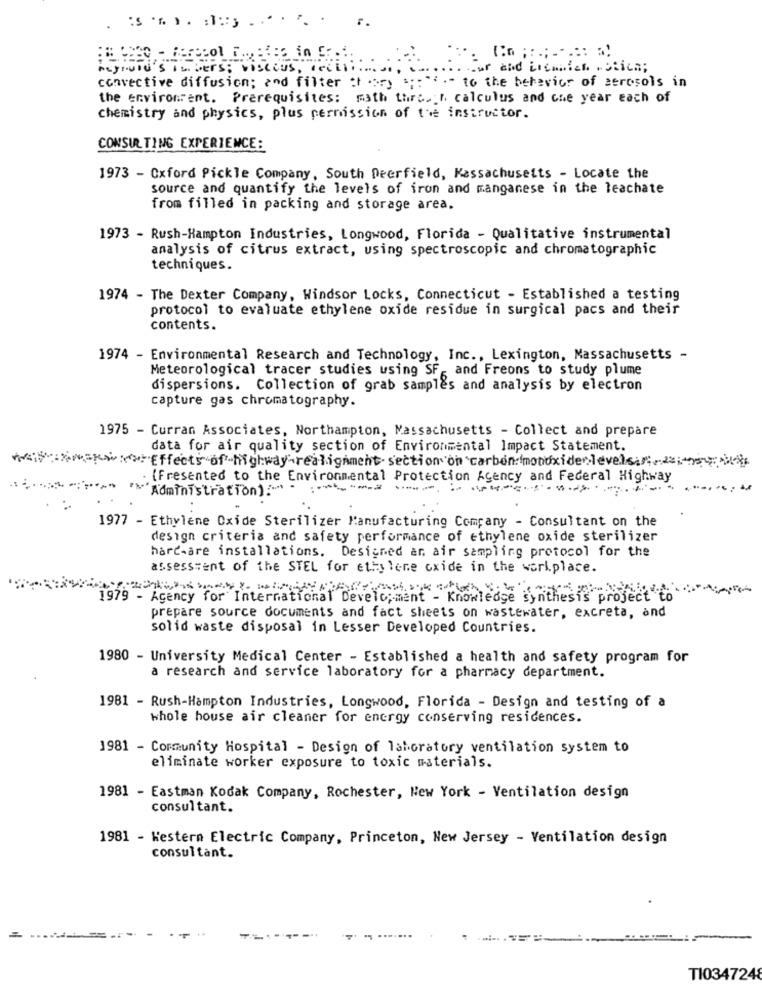
Regiund's invers; Viscous, dell
ur and inennich . Stich;
convective diffusion; and filter atory ;: "" .- to the behavior of aerosols in
the enviroment. Prerequisites: math thrc. r. calculus and che year each of
chemistry and physics, plus permission of the instructor.
CONSULTING EXPERIENCE:
1973 - Oxford Pickle Company, South Deerfield, Kassachuseits - Locate the
source and quantify the levels of iron and manganese in the leachate
from filled in packing and storage area.
1973 - Rush-Hampton Industries, Longwood, Florida - Qualitative instrumental
analysis of citrus extract, using spectroscopic and chromatographic
techniques.
1974 - The Dexter Company, Windsor Locks, Connecticut - Established a testing
protocol to evaluate ethylene oxide residue in surgical pacs and their
contents.
1974 - Environmental Research and Technology, Inc ., Lexington, Massachusetts -
Meteorological tracer studies using SF- and Freons to study plume
dispersions. Collection of grab samples and analysis by electron
capture gas chromatography.
1975 - Curran Associates, Northampton, Massachusetts - Collect and prepare
data for air quality section of Environmental Impact Statement.
*** w=><> Effects of highway-realignment section on carbon monoxidelevel
(Presented to the Environmental Protection Agency and Federal Highway
"Administration):"
1977 - Ethylene Oxide Sterilizer Manufacturing Company - Consultant on the
design criteria and safety performance of ethylene oxide sterilizer
hard-are installations. Designed an air sampling protocol for the
assessment of the STEL for ethylene oxide in the workplace.
1979 - Agency for International Development - Knowledge syr
prepare source documents and fact sheets on wastewater, excreta, and
solid waste disposal in Lesser Developed Countries.
1980 - University Medical Center - Established a health and safety program for
a research and service laboratory for a pharmacy department.
1981 - Rush-Hampton Industries, Longwood, Florida - Design and testing of a
whole house air cleaner for energy conserving residences.
1981 - Community Hospital - Design of laboratory ventilation system to
eliminate worker exposure to toxic materials.
1981 - Eastman Kodak Company, Rochester, New York - Ventilation design
consultant.
1981 - Western Electric Company, Princeton, New Jersey - Ventilation design
consultant.
TI0347248